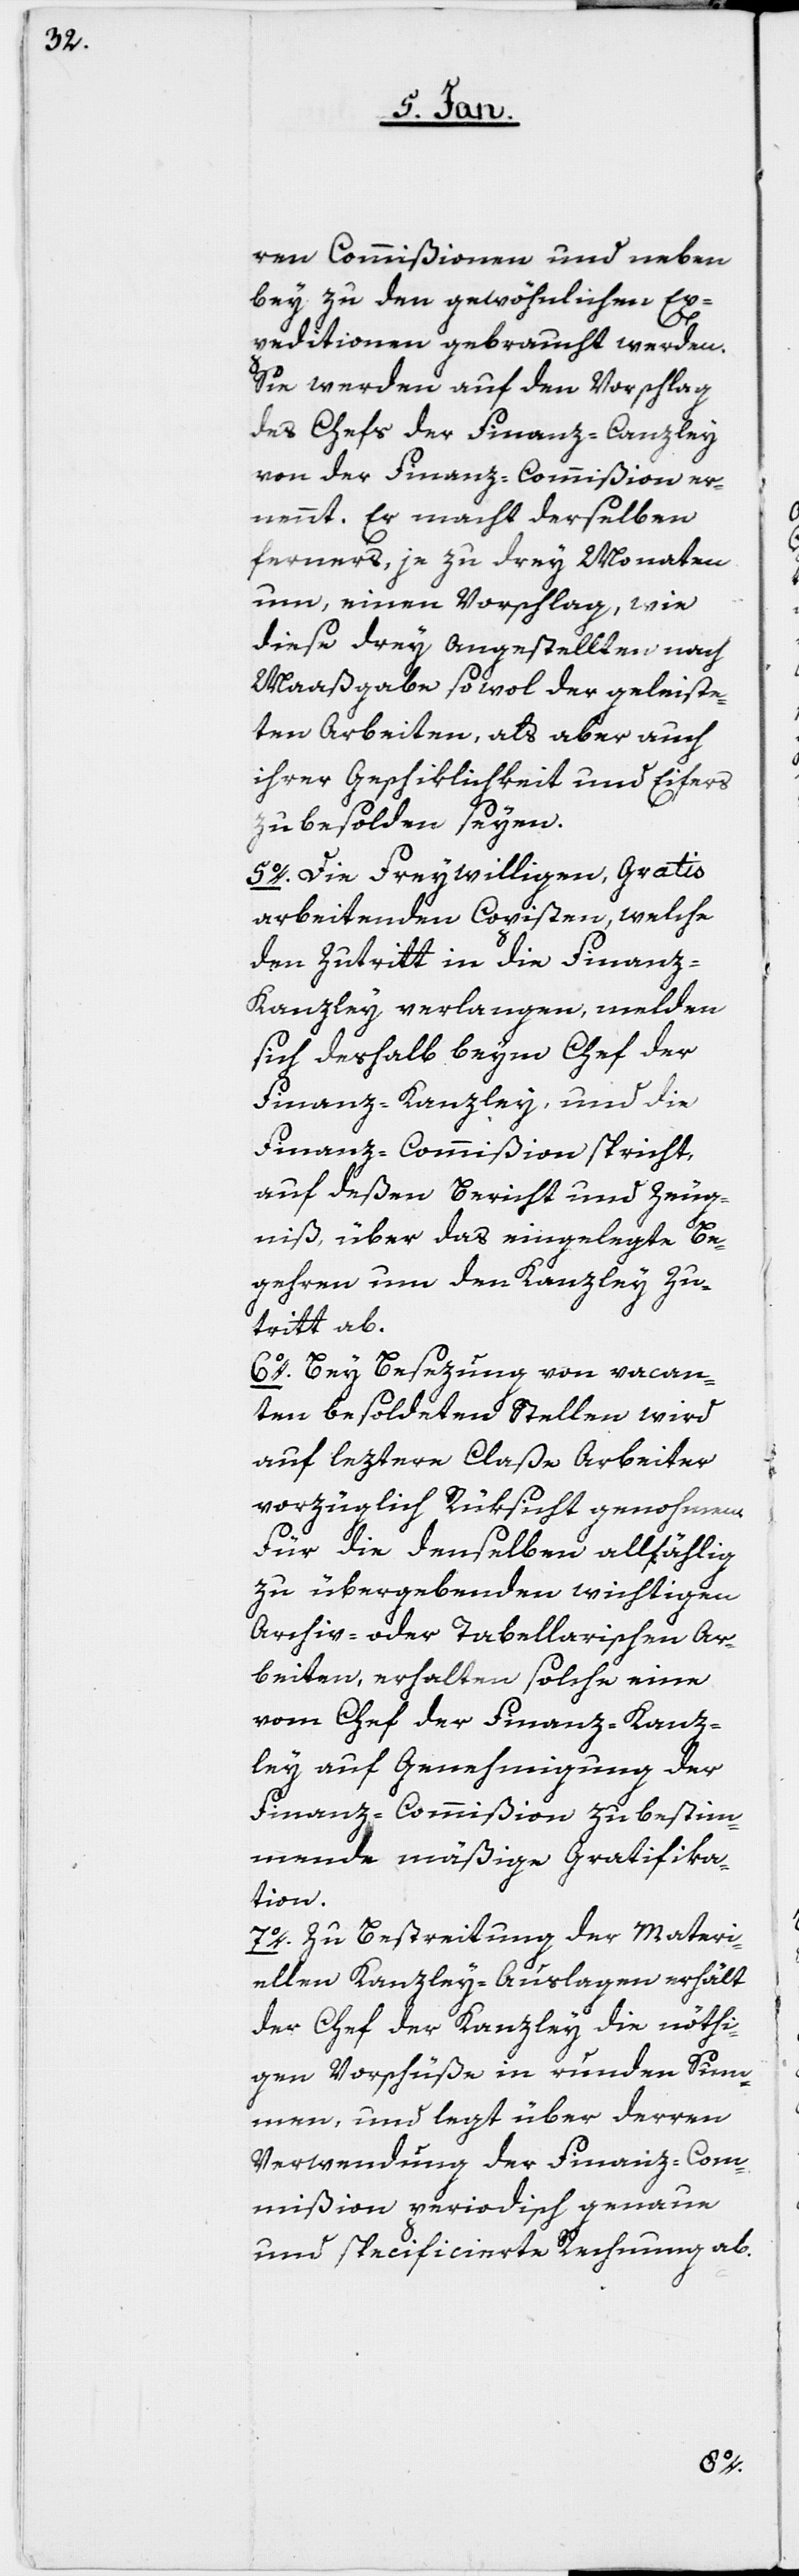
ren Commißionen und neben¬
bey zu den gewöhnlichen Ex¬
peditionen gebraucht werden.
Sie werden auf den Vorschlag
des Chefs der Finanz-Canzley
von der Finanz-Commißion er¬
nennt. Er macht derselben
ferners, je zu drey Monaten
um, einen Vorschlag, wie
diese drey Angestellten nach
Maaßgabe sowol der geleiste¬
ten Arbeiten, als aber auch
ihrer Geschiklichkeit und Eifers
zu besolden seyen.
5o. Die Freywilligen, gratis
arbeitenden Copisten, welche
den Zutritt in die Finanz-K¬
anzley verlangen, melden
sich deshalb beym Chef der
Finanz-Kanzley, und die
Finanz-Commißion spricht,
auf deßen Bericht und Zeug¬
niß, über das eingelegte Be¬
gehren um den Kanzley Zu¬
tritt ab.
6o. Bey Besezung von vacan¬
ten besoldeten Stellen wird
auf leztere Claße Arbeiter
vorzüglich Rüksicht genohmen.
Für die demselben allfählig
zu übergebenden wichtigen
Archiv- oder Tabellarischen Ar¬
beiten, erhalten solche eine
vom Chef der Finanz-Kanz¬
ley auf Genehmigung der
Finanz-Commißion zu bestim¬
mende mäßige Gratifika¬
tion.
7o. Zu Bestreitung der Materi¬
ellen Kanzley-Auslagen erhält
der Chef der Kanzley die nöthi¬
gen Vorschüße in runden Sum¬
men, und legt über deren
Verwendung der Finanz-Com¬
mißion periodisch genaue
und specificierte Rechnung ab.